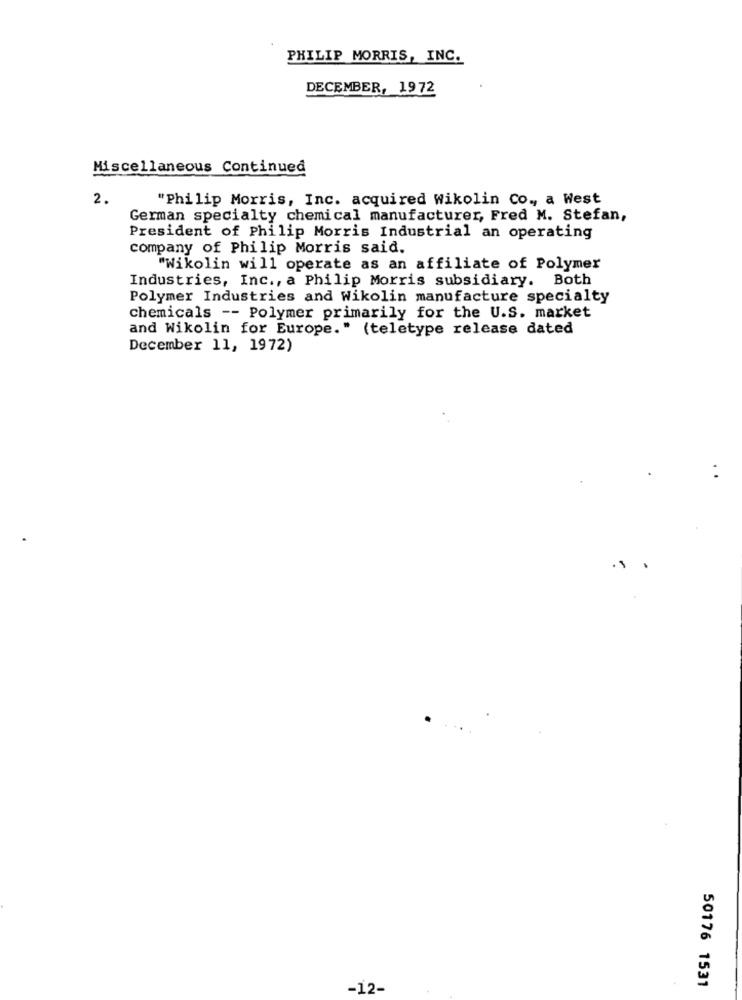
PHILIP MORRIS, INC.
DECEMBER, 1972
Miscellaneous Continued
2.
"Philip Morris, Inc. acquired Wikolin Co ., a West
German specialty chemical manufacturer, Fred M. Stefan,
President of Philip Morris Industrial an operating
company of Philip Morris said.
"Wikolin will operate as an affiliate of Polymer
Industries, Inc ., a Philip Morris subsidiary. Both
Polymer Industries and Wikolin manufacture specialty
chemicals -- Polymer primarily for the U.S. market
and Wikolin for Europe." (teletype release dated
December 11, 1972)
50176 1531
-12-